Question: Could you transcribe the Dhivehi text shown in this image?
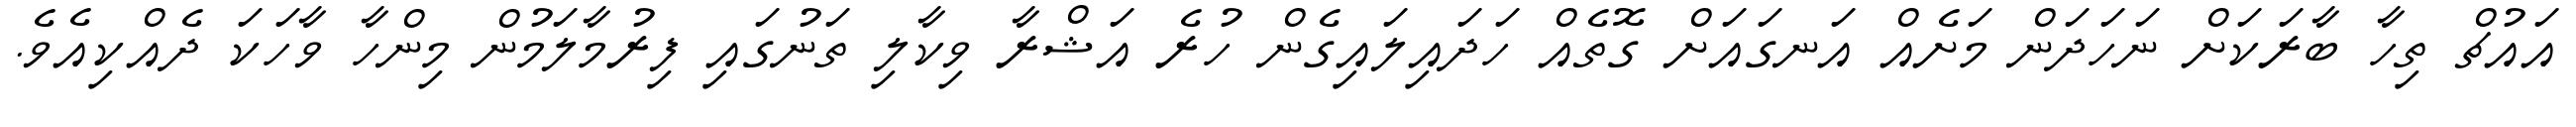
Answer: އައުޗް ތިހާ ބާރަކަށް ނަހަދަން މަށެއް އަނގައަށް ގޮތެއް ހަދައިލައިގެން ހުރެ އަޝްރާ ވިކާލި ތަނުގައި ފިރުމާލަމުން މިންހާ ވާހަކަ ދެއްކިއެވެ.